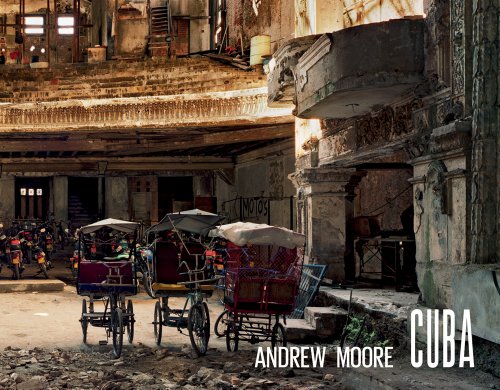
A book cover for Andrew Moore: Cuba; Orlando Luis Pardo Lazo; Travel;